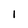
Character: l